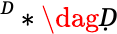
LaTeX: ^Ḋ*\dag Ḍ